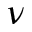
\nu